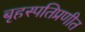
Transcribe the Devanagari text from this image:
बृहस्पतिप्रणीत